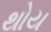
થોય